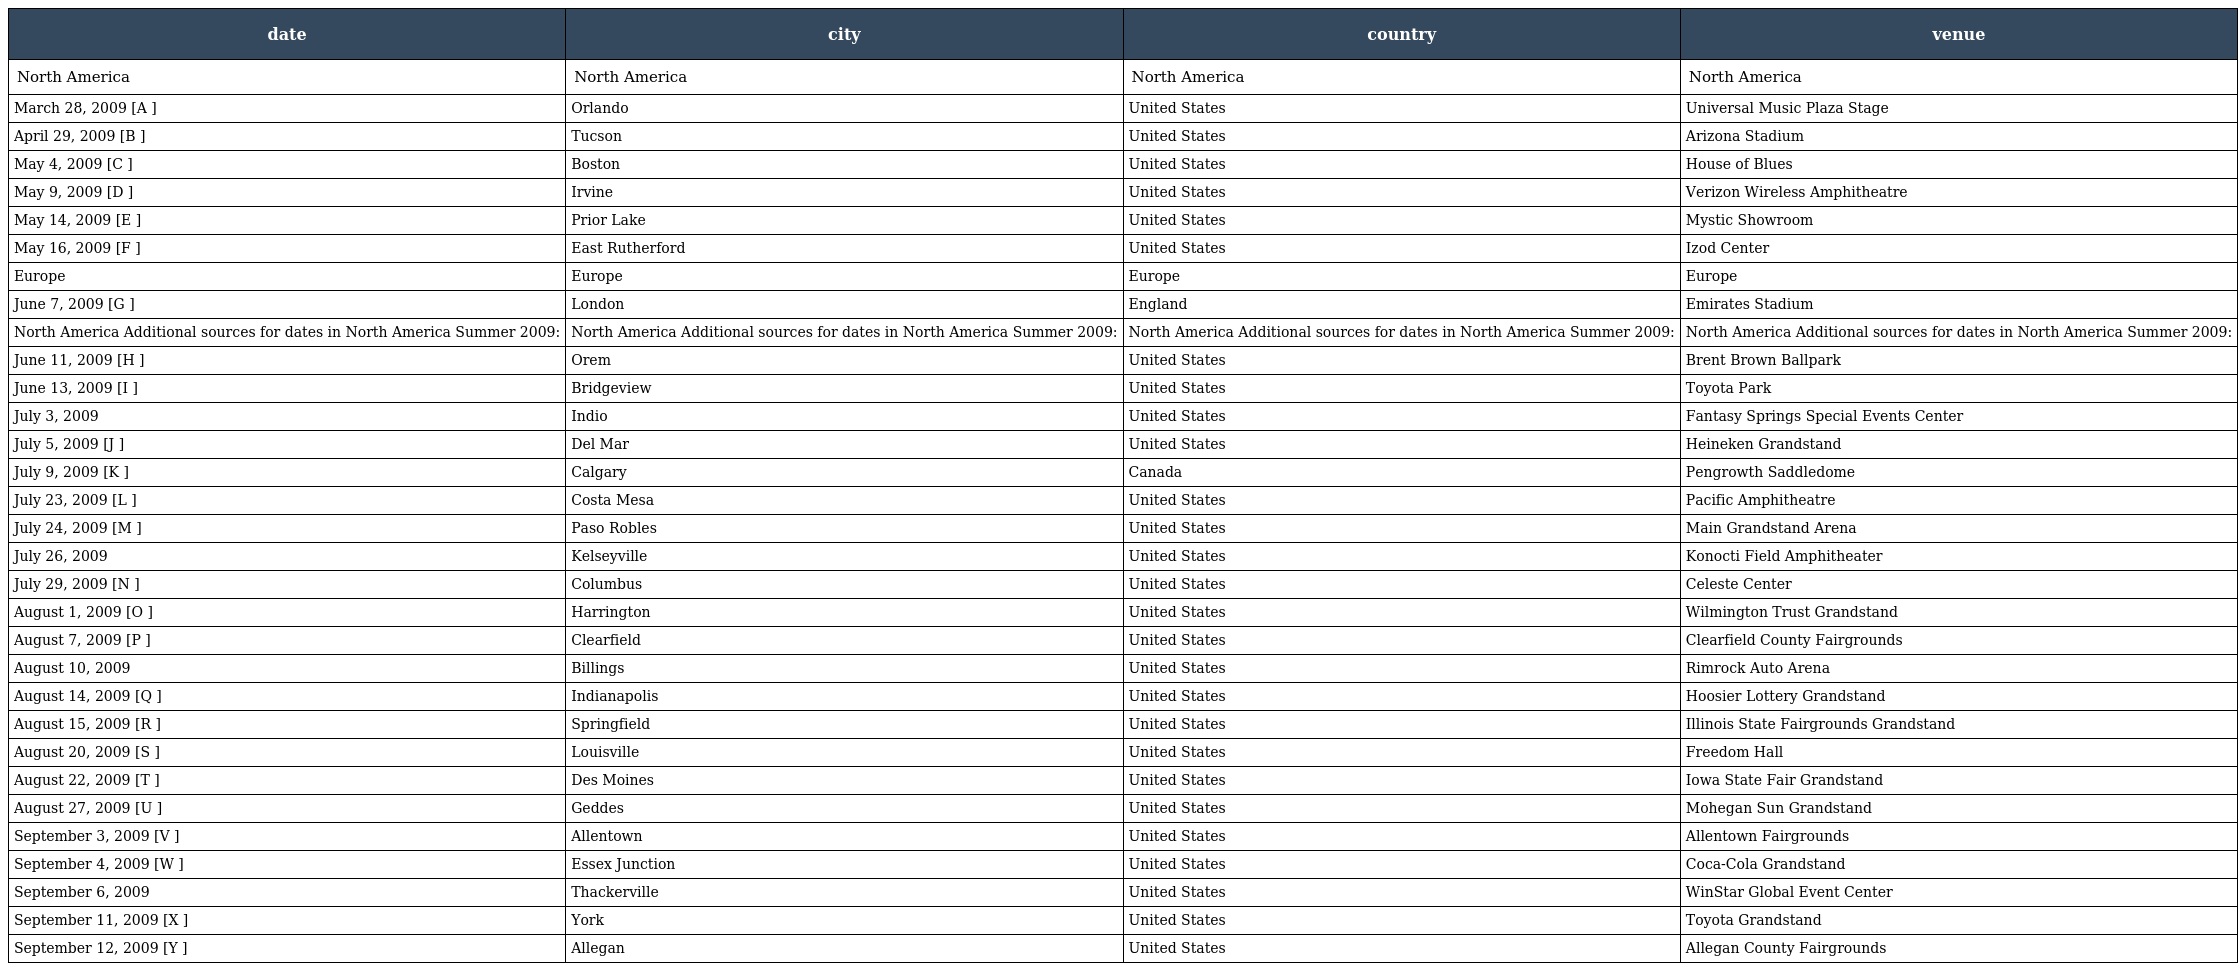
| date | city | country | venue |
 | --- | --- | --- | --- |
 | North America | North America | North America | North America |
 | March 28, 2009 [A ] | Orlando | United States | Universal Music Plaza Stage |
 | April 29, 2009 [B ] | Tucson | United States | Arizona Stadium |
 | May 4, 2009 [C ] | Boston | United States | House of Blues |
 | May 9, 2009 [D ] | Irvine | United States | Verizon Wireless Amphitheatre |
 | May 14, 2009 [E ] | Prior Lake | United States | Mystic Showroom |
 | May 16, 2009 [F ] | East Rutherford | United States | Izod Center |
 | Europe | Europe | Europe | Europe |
 | June 7, 2009 [G ] | London | England | Emirates Stadium |
 | North America Additional sources for dates in North America Summer 2009: | North America Additional sources for dates in North America Summer 2009: | North America Additional sources for dates in North America Summer 2009: | North America Additional sources for dates in North America Summer 2009: |
 | June 11, 2009 [H ] | Orem | United States | Brent Brown Ballpark |
 | June 13, 2009 [I ] | Bridgeview | United States | Toyota Park |
 | July 3, 2009 | Indio | United States | Fantasy Springs Special Events Center |
 | July 5, 2009 [J ] | Del Mar | United States | Heineken Grandstand |
 | July 9, 2009 [K ] | Calgary | Canada | Pengrowth Saddledome |
 | July 23, 2009 [L ] | Costa Mesa | United States | Pacific Amphitheatre |
 | July 24, 2009 [M ] | Paso Robles | United States | Main Grandstand Arena |
 | July 26, 2009 | Kelseyville | United States | Konocti Field Amphitheater |
 | July 29, 2009 [N ] | Columbus | United States | Celeste Center |
 | August 1, 2009 [O ] | Harrington | United States | Wilmington Trust Grandstand |
 | August 7, 2009 [P ] | Clearfield | United States | Clearfield County Fairgrounds |
 | August 10, 2009 | Billings | United States | Rimrock Auto Arena |
 | August 14, 2009 [Q ] | Indianapolis | United States | Hoosier Lottery Grandstand |
 | August 15, 2009 [R ] | Springfield | United States | Illinois State Fairgrounds Grandstand |
 | August 20, 2009 [S ] | Louisville | United States | Freedom Hall |
 | August 22, 2009 [T ] | Des Moines | United States | Iowa State Fair Grandstand |
 | August 27, 2009 [U ] | Geddes | United States | Mohegan Sun Grandstand |
 | September 3, 2009 [V ] | Allentown | United States | Allentown Fairgrounds |
 | September 4, 2009 [W ] | Essex Junction | United States | Coca-Cola Grandstand |
 | September 6, 2009 | Thackerville | United States | WinStar Global Event Center |
 | September 11, 2009 [X ] | York | United States | Toyota Grandstand |
 | September 12, 2009 [Y ] | Allegan | United States | Allegan County Fairgrounds |